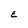
Character: E